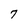
Character: 7